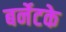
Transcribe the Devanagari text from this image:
बर्नेटके